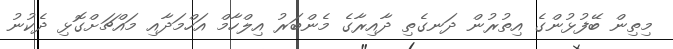
މިތިން ބޭފުޅުންގެ އިތުރުން ދަނގެތި ދާއިރާގެ މެންބަރު އިލްހާމް އަހްމަދާއި މައްޗަށްގޮޅި ދެކުނު